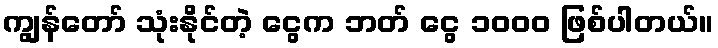
ကျွန်တော် သုံးနိုင်တဲ့ ငွေက ဘတ် ငွေ ၁၀၀၀ ဖြစ်ပါတယ်။